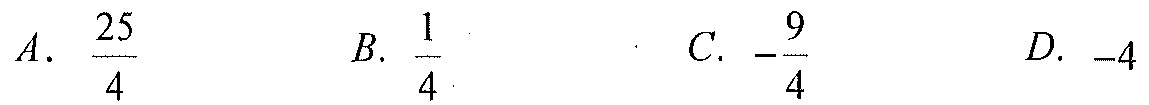
A. \(\frac{25}{4}\)  B. \(\frac{1}{4}\)  C. \(-\frac{9}{4}\)  D. \(-4\)